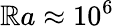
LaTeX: \mathbb{R}a\approx10^{6}